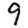
Digit: 9